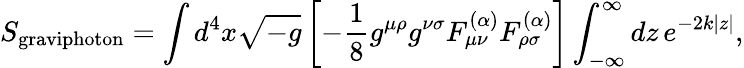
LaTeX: S_{\mathrm{graviphoton}}=\int d^{4}x\sqrt{-g}\left[-\frac{1}{8}g^{\mu\rho}g^{\nu\sigma}F_{\mu\nu}^{(\alpha)}F_{\rho\sigma}^{(\alpha)}\right]\int_{-\infty}^{\infty}dz\, e^{-2k|z|},